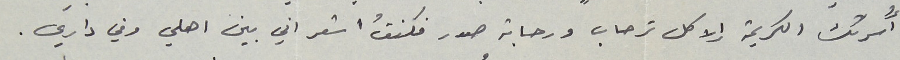
أُسرتك الكريمة إلا كل ترحاب ورحابة صدر فكنتُ اشعر اني بين اهلي وفي داري.